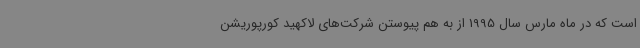
است که در ماه مارس سال 1995 از به هم پیوستن شرکت‌های لاکهید کورپوریشن